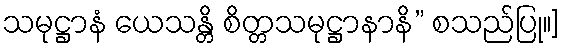
သမုဋ္ဌာနံ ယေသန္တိ စိတ္တသမုဋ္ဌာနာနိ” စသည်ပြု။]